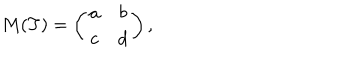
M ( T ) = \left( \begin{array} { c c } { { a } } & { { b } } \\ { { c } } & { { d } } \\ \end{array} \right) ,